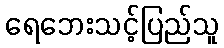
ရေဘေးသင့်ပြည်သူ